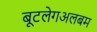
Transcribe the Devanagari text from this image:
बूटलेगअलबम